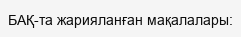
БАҚ-та жарияланған мақалалары: